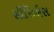
સીરિઝીસ